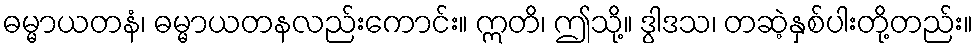
ဓမ္မာယတနံ၊ ဓမ္မာယတနလည်းကောင်း။ ဣတိ၊ ဤသို့။ ဒွါဒသ၊ တဆဲ့နှစ်ပါးတို့တည်း။